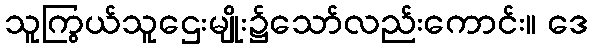
သူကြွယ်သူဌေးမျိုး၌သော်လည်းကောင်း။ ဒေ